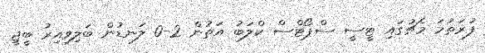
ފުރަތަމަ މެޗުގައި ޓީސީ ސްޕޯޓްސް ކްލަބު އަތުން 2-0 ލަނޑުން ބަލިވިއިރު ބީޖީ